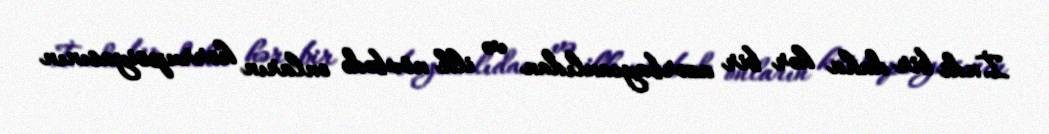
İndi bir daha hər bir azərbaycanlıdan və ilk növbədə onların korrupsiyasının